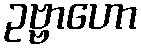
ဥဗ္ဗာဟော